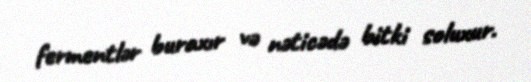
fermentlər buraxır və nəticədə bitki soluxur.